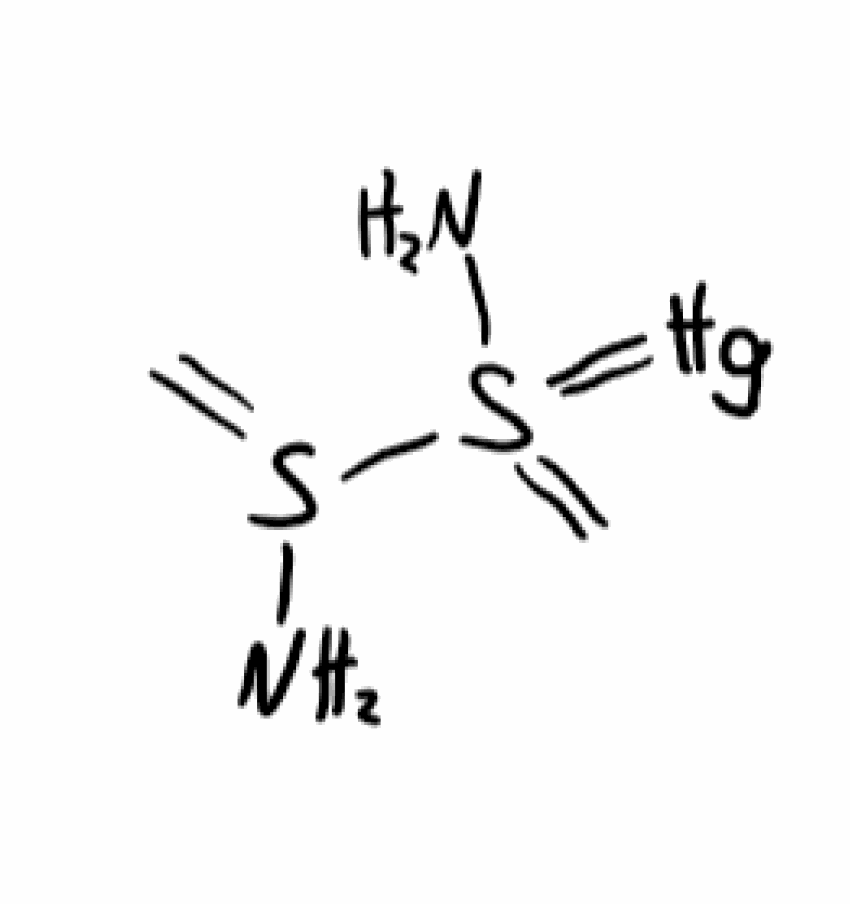
Simplified molecular-input line-entry system (SMILES) notation of the given molecule:
C=S(N)S(=C)(=[Hg])N